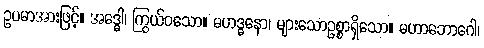
ဥပမာအားဖြင့်။ အဒ္ဓေါ၊ ကြွယ်ဝသော။ မဟဒ္ဓနော၊ များသောဥစ္စာရှိသော။ မဟာဘောဂေါ၊